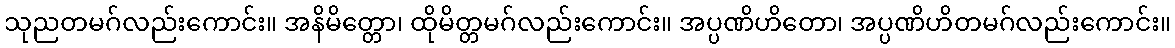
သုညတမဂ်လည်းကောင်း။ အနိမိတ္တော၊ ထိုမိတ္တမဂ်လည်းကောင်း။ အပ္ပဏိဟိတော၊ အပ္ပဏိဟိတမဂ်လည်းကောင်း။